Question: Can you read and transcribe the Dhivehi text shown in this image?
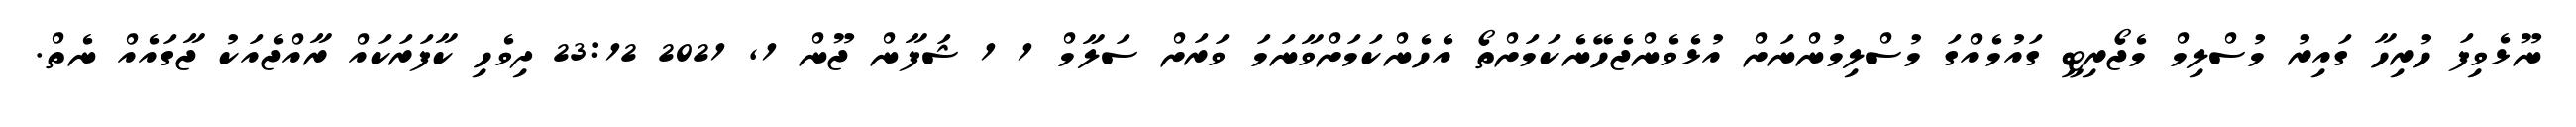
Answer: ނޫޅެވިފަ ހުރިހާ ގައިރު މުސްލިމް މެޖޯރިޓީ ގައުމެއްގަ މުސްލިމުންނަށް އުޅެވެންޖެހޭނެކަމަށްތޯ އެހެންކަމަށްވާނަމަ ވަރަށް ސަލާމް 1 1 ޝަފާން ޖޫން 1, 2021 23:12 ދިވެހި ކާފަރަކައް ރާއްޖެއަކު ޖާގައެއް ނެތް.